Lunatic asylums Central Provinces reports 1910-1926 - 1910-1926
Year: 1910
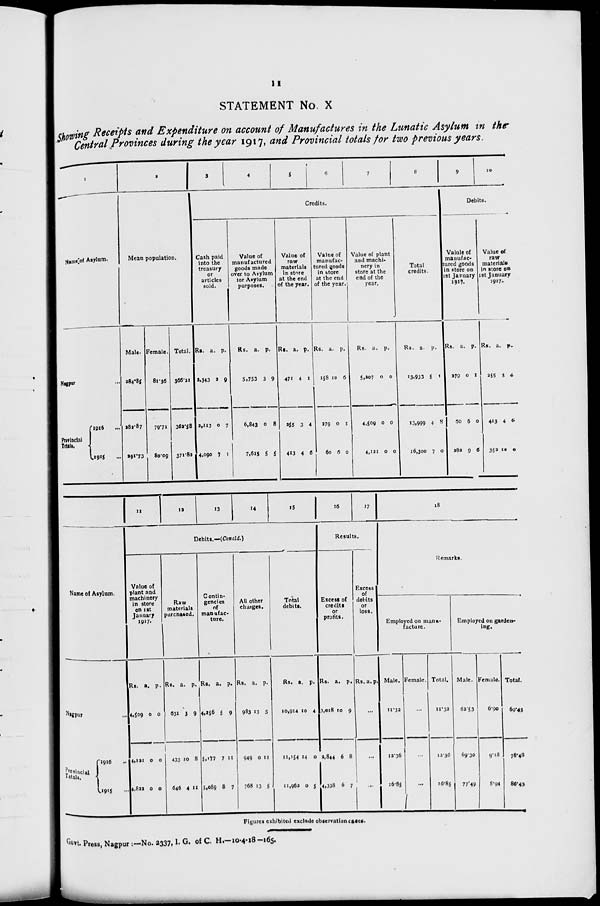
11
STATEMENT No. X
Showing Receipts and Expenditure on account of Manufactures in the Lunatic Asylum in the
Central Provinces during the year 1917, and Provincial totals for two previous years.
1
Name of Asylum.
Nagpur ...
Provincial
Totals.
1916 ...
1915 ...
2
Mean population.
Male.
284.85
282.87
291.73
Female.
81.36
79.71
80.09
Total.
366.21
362.58
371.82
3
4
5
6
7
8
Credits.
Cash paid
into the
treasury
or
articles
sold.
Rs.
2,343
2,113
4,090
a.
2
0
7
p.
9
7
1
Value of
manufactured
goods made
over to Asylum
for Asylum
purposes.
Rs.
5,753
6,843
7,615
a.
3
0
5
p.
9
8
5
Value of
raw
materials
in store
at the end
of the year.
Rs.
471
255
413
a.
4
3
4
p.
1
4
6
Value of
manufac-
tured goods
in store
at the end
of the year.
Rs.
158
279
60
a.
10
0
6
p.
6
1
0
Value of plant
and machi-
nery in
store at the
end of the
year.
Rs.
5,207
4,509
4,121
a.
0
0
0
p.
0
0
0
Total
credits.
Rs.
13,933
13,999
16,300
a.
5
4
7
p.
1
8
0
9
10
Debits.
Valule of
manufac-
tured goods
in store on
1st January
1917.
Rs.
279
60
282
a.
0
6
9
p.
1
0
6
Value of
raw
materials
in store on
1st January
1917.
Rs.
255
413
352
a.
3
4
12
p.
4
6
0
Name of Asylum.
Nagpur ...
Provincial
Totals.
1916 ...
1915 ...
11
12
13
14
15
Debits.—(Concld.)
Value of
plant and
machinery
in store
on 1st
January
1917.
Rs.
4,509
4,121
4,822
a.
0
0
0
p.
0
0
0
Raw
materials
purchased.
Rs.
631
433
646
a.
3
10
4
p.
9
8
11
Contin-
gencies
of
manufac-
ture.
Rs.
4,256
5,177
5,089
a.
5
7
8
p.
9
11
7
All other
charges.
Rs.
983
949
768
a.
13
0
13
p.
5
11
5
Total
debits.
Rs.
10,914
11,154
11,962
a.
10
14
0
p.
4
0
5
16
17
Results.
Excess of
credits
or
profits.
Rs.
3,018
2,844
4,338
a.
10
6
6
p.
9
8
7
Excess
of
debits
or
loss.
Rs. a.
p.
...
...
...
18
Remarks.
Employed on manu-
facture.
Male.
11.32
12.36
16.85
Female.
...
...
...
Total.
11.32
13.36
16.85
Employed on garden-
ing.
Male.
62.53
69.30
77.49
Female.
6.90
9.18
8.94
Total.
69.43
78.48
86.43
Figures exhibited exclude observation cases.
Govt. Press, Nagpur :—No. 2337, I. G. of C. H.—10-4-18-165.